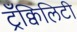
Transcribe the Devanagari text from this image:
ट्रँक्विलिटी